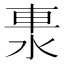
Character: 𨋈